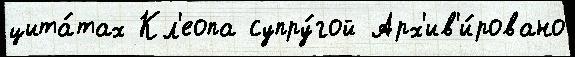
цита́тах Кл'еопа супру́гой Арх'ив'и́ровано